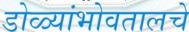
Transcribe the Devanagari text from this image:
डोळ्यांभोवतालचे